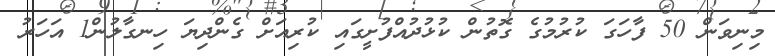
މިނިވަން 50 ފާހަގަ ކުރުމުގެ ގޮތުން ކުޅުދުއްފުށީގައި ކުރިއަށް ގެންދިޔަ ހިނގާލުން1 އަހަރު